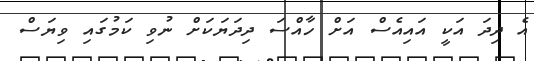
އެ ދިދަ އަކީ އައިއެސް އަށް ހާއްސަ ދިދަޔަކަށް ނުވި ކަމުގައި ވިޔަސް